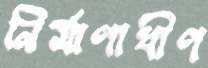
নির্মাণাধীণ